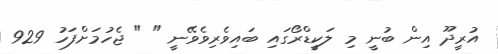
އުރީދޫ އިން ބުނީ މި ލަކީޑްރޯގައި ބައިވެރިވެވޭނީ " " ޖެހުމަށްފަހު 929